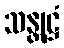
သန္တုဋ္ဌံ